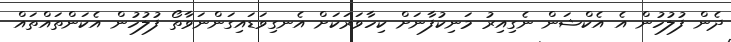
ދެން ފުލުހުން އެ އެކްޝަން ނެގިއިރު މަނިކުފާނަށް ކިހާވަރަކަށް އެނގިވަޑައިގަންނަވާތޯ ފުލުހުން އެކަންތައްތައް